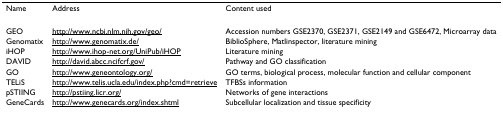
<table><thead><tr><td><b>Name</b></td><td><b>Address</b></td><td><b>Content used</b></td></tr></thead><tbody><tr><td>GEO</td><td>http://www.ncbi.nlm.nih.gov/geo/</td><td>Accession numbers GSE2370, GSE2371, GSE2149 and GSE6472, Microarray data</td></tr><tr><td>Genomatix</td><td>http://www.genomatix.de/</td><td>BiblioSphere, Matlinspector, literature mining</td></tr><tr><td>iHOP</td><td>http://www.ihop-net.org/UniPub/iHOP</td><td>Literature mining</td></tr><tr><td>DAVID</td><td>http://david.abcc.ncifcrf.gov/</td><td>Pathway and GO classification</td></tr><tr><td>GO</td><td>http://www.geneontology.org/</td><td>GO terms, biological process, molecular function and cellular component</td></tr><tr><td>TELiS</td><td>http://www.telis.ucla.edu/index.php?cmd=retrieve</td><td>TFBSs information</td></tr><tr><td>pSTIING</td><td>http://pstiing.licr.org/</td><td>Networks of gene interactions</td></tr><tr><td>GeneCards</td><td>http://www.genecards.org/index.shtml</td><td>Subcellular localization and tissue specificity</td></tr></tbody></table>